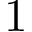
1